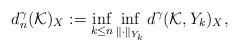
LaTeX: \begin{align*}d_n^\gamma({\mathcal K})_X:=\inf_{k\leq n}\inf_{\|\cdot\|_{Y_k}}d^\gamma({\mathcal K},Y_k)_X,\end{align*}